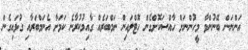
އަންނަން ބޭނުންވާ މީހުންނަށް ހާއްސަކޮށްގެން ހޮޓްލައިން ނަމްބަރެއް ގާއިމުކުރާނެ ކަމަށާ އެނަމްބަރާއި ގުޅައިގެން